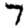
Digit: 7